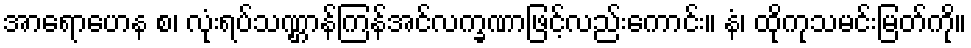
အာရောဟေန စ၊ လုံးရပ်သဏ္ဌာန်ကြန်အင်လက္ခဏာဖြင့်လည်းကောင်း။ နံ၊ ထိုကုသမင်းမြတ်ကို။